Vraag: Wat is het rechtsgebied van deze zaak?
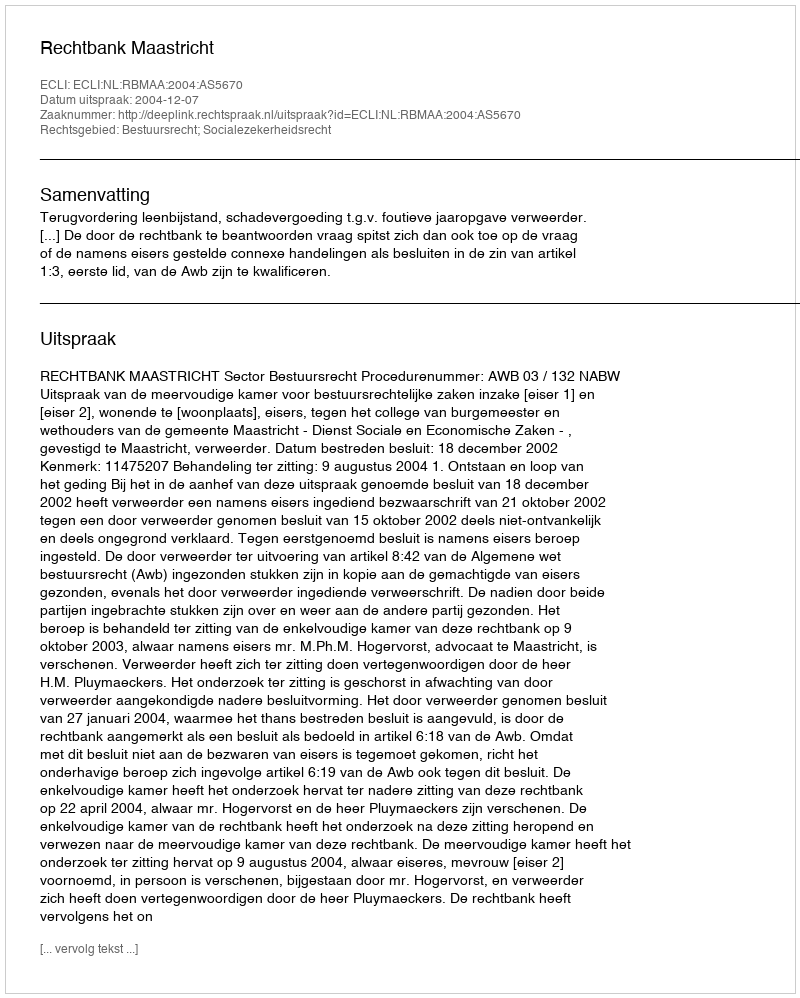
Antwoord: Bestuursrecht; Socialezekerheidsrecht